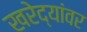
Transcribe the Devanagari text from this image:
खरेद्यांवर